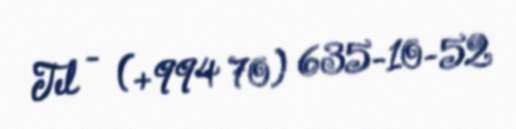
Tel - (+994 70) 635-10-52